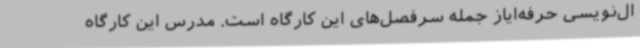
ال‌نویسی حرفه‌ایاز جمله سرفصل‌های این کارگاه است. مدرس این کارگاه